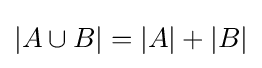
|A\cup B|=|A|+|B|